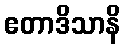
ဧတာဒိသာနိ